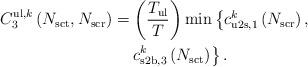
LaTeX: \begin{align*}C^{\mathrm{ul},k}_{3}\left( N_{\mathrm{sct}}, N_{\mathrm{scr}} \right) & = \left(\frac{T_{\mathrm{ul}}}{T} \right) \min\left\lbrace c^k_{\mathrm{u2s},1} \left( N_{\mathrm{scr}} \right), \right. \\ & \,\,\,\,\,\, \left. c^k_{\mathrm{s2b},3} \left(N_{\mathrm{sct}}\right) \right\rbrace.\end{align*}